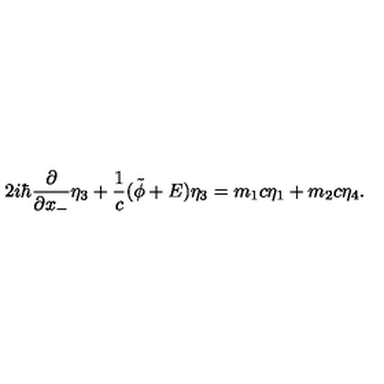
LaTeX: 2 i { \hbar } \frac { \partial } { \partial x _ { - } } { \eta } _ { 3 } + \frac { 1 } { c } ( \tilde { \phi } + E ) { \eta } _ { 3 } = m _ { 1 } c { \eta } _ { 1 } + m _ { 2 } c { \eta } _ { 4 } .